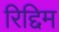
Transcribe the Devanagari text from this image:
रिद्दिम